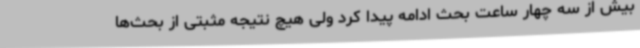
بیش از سه چهار ساعت بحث ادامه پیدا کرد ولی هیچ نتیجه مثبتی از بحث‌ها